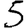
Digit: 5